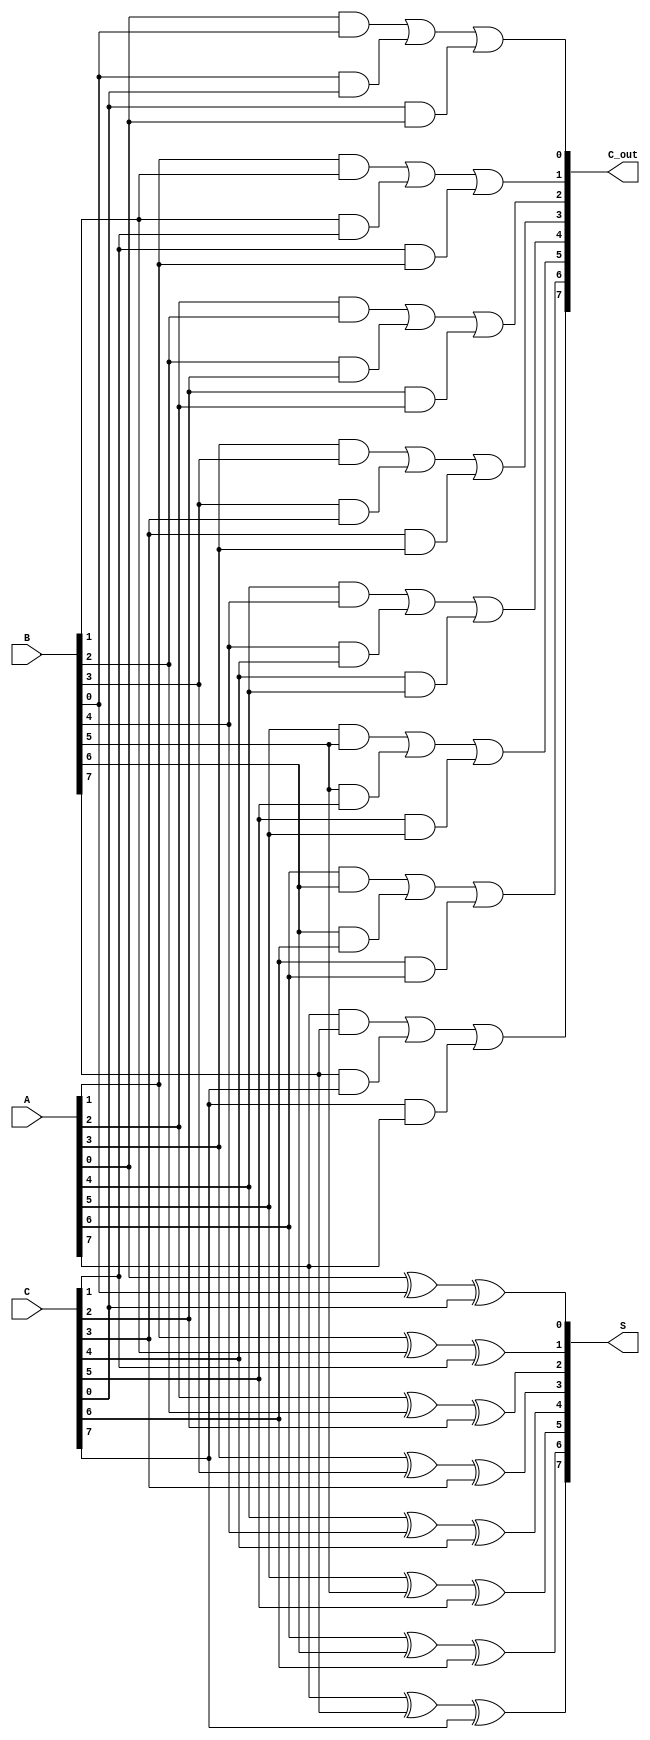
module ParallelCarrySaveAdder #(parameter n = 8) (
    input  wire [n-1:0] A, // First input
    input  wire [n-1:0] B, // Second input
    input  wire [n-1:0] C, // Third input
    output wire [n-1:0] S, // Sum output
    output wire [n-1:0] C_out // Carry output
);

    // Sum and carry calculation
    generate
        genvar i;
        for (i = 0; i < n; i = i + 1) begin : CSA
            assign S[i] = A[i] ^ B[i] ^ C[i]; // Sum calculation
            assign C_out[i] = (A[i] & B[i]) | (B[i] & C[i]) | (C[i] & A[i]); // Carry calculation
        end
    endgenerate

endmodule